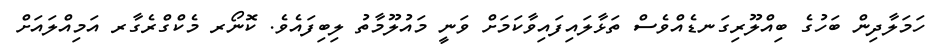
ހަމަލާދިން ބަހުގެ ބިއްލޫރިގަނޑެއްވެސް ތަޅާލައިފައިވާކަމަށް ވަނީ މައުލޫމާތު ލިބިފައެވެ. ކޮނޯރ މެކްގްރެގާރ އަމިއްލައަށް